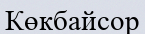
Көкбайсор